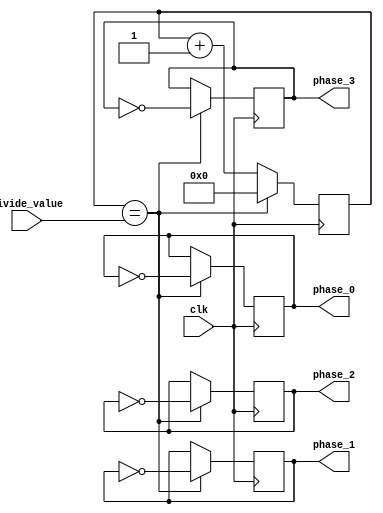
module multi_phase_clock_divider (
input wire clk,
input wire [7:0] divide_value,
output reg [7:0] phase_0,
output reg [7:0] phase_1,
output reg [7:0] phase_2,
output reg [7:0] phase_3
);

reg [7:0] counter;

always @(posedge clk) begin
    if (counter == divide_value) begin
        counter <= 0;
        phase_0 <= ~phase_0;
        phase_1 <= ~phase_1;
        phase_2 <= ~phase_2;
        phase_3 <= ~phase_3;
    end else begin
        counter <= counter + 1;
    end
end

endmodule